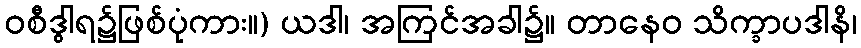
ဝစီဒွါရ၌ဖြစ်ပုံကား။) ယဒါ၊ အကြင်အခါ၌။ တာနေဝ သိက္ခာပဒါနိ၊